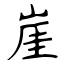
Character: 崖